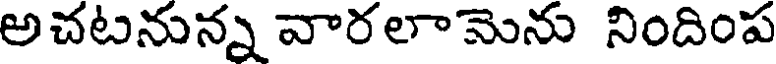
అచటనున్న వారలామెను నిందింప